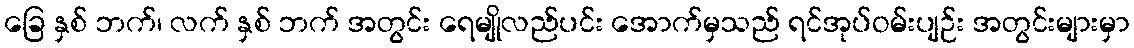
ခြေ နှစ် ဘက်၊ လက် နှစ် ဘက် အတွင်း ရေမျိုလည်ပင်း အောက်မှသည် ရင်အုပ်ဝမ်းပျဉ်း အတွင်းများမှာ